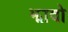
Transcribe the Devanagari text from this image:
झावो